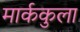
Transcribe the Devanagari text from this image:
मार्ककुला